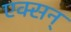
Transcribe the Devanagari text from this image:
एक्सन्